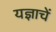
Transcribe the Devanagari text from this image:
यज्ञाचें